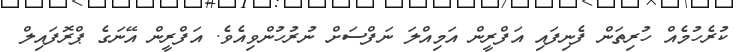
ކުރެހުމެއް ހުރިތަން ފެނިފައި އަފްރީން އަމިއްލަ ނަފްސަށް ނުރުހުންވިއެވެ. އަފްރީން އޭނަގެ ޕްރޮފައިލް